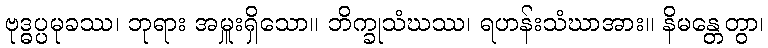
ဗုဒ္ဓပ္ပမုခဿ၊ ဘုရား အမှူးရှိသော။ ဘိက္ခုသံဃဿ၊ ရဟန်းသံဃာအား။ နိမန္တေတွာ၊